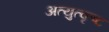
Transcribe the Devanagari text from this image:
अत्युत्‍कृष्ट